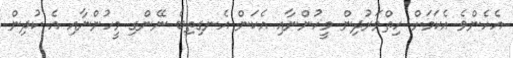
އެހެންވެ އެކަމަށް ހިތްވަރުދިން މީހުންނާއި އެކަން އެނގިތިބެ ނޭންގި މީހުންނާއި އެ ކުދިން